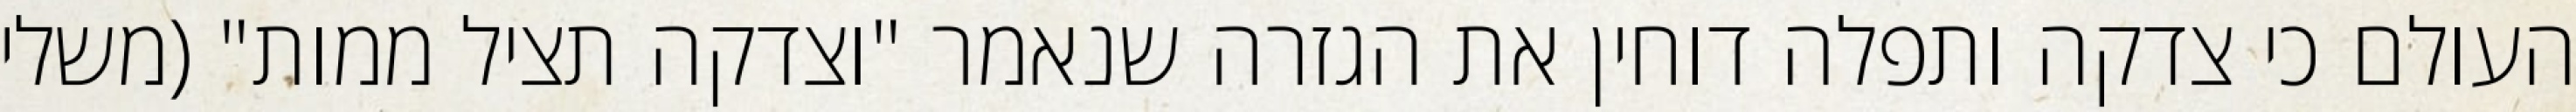
העולם כי צדקה ותפלה דוחין את הגזרה שנאמר "וצדקה תציל ממות" (משלי